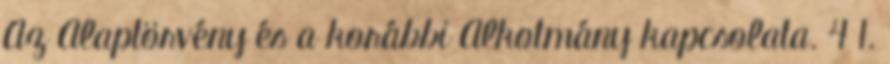
Az Alaptörvény és a korábbi Alkotmány kapcsolata. 4 1.